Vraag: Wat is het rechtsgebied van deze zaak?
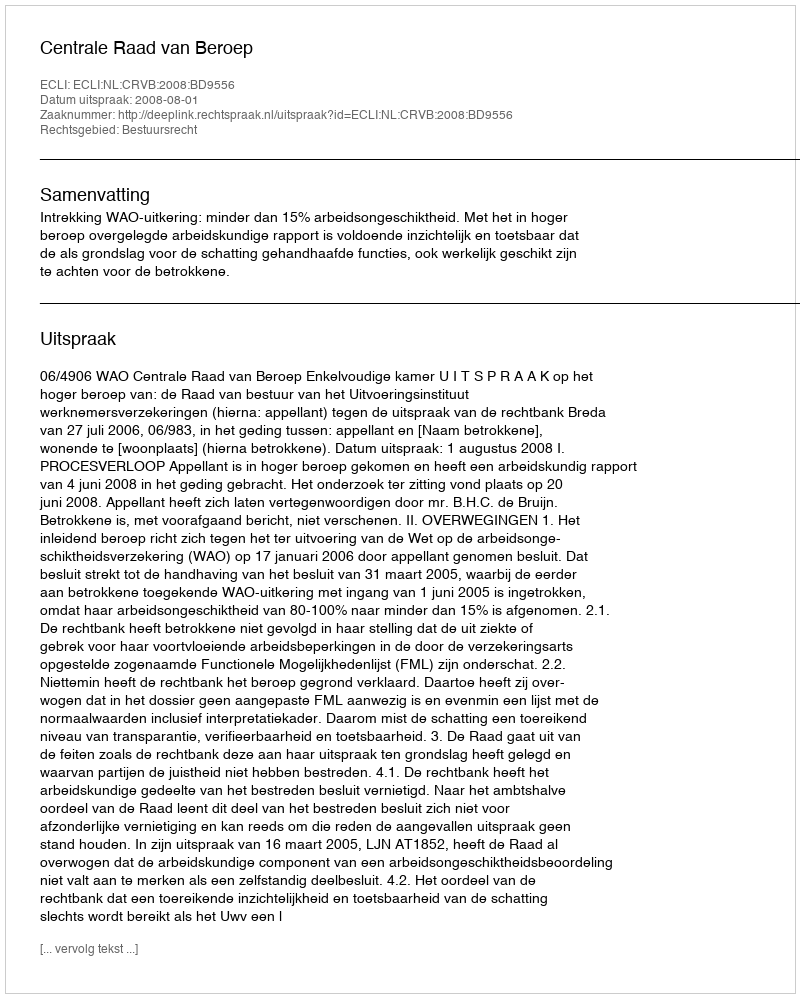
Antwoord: Bestuursrecht